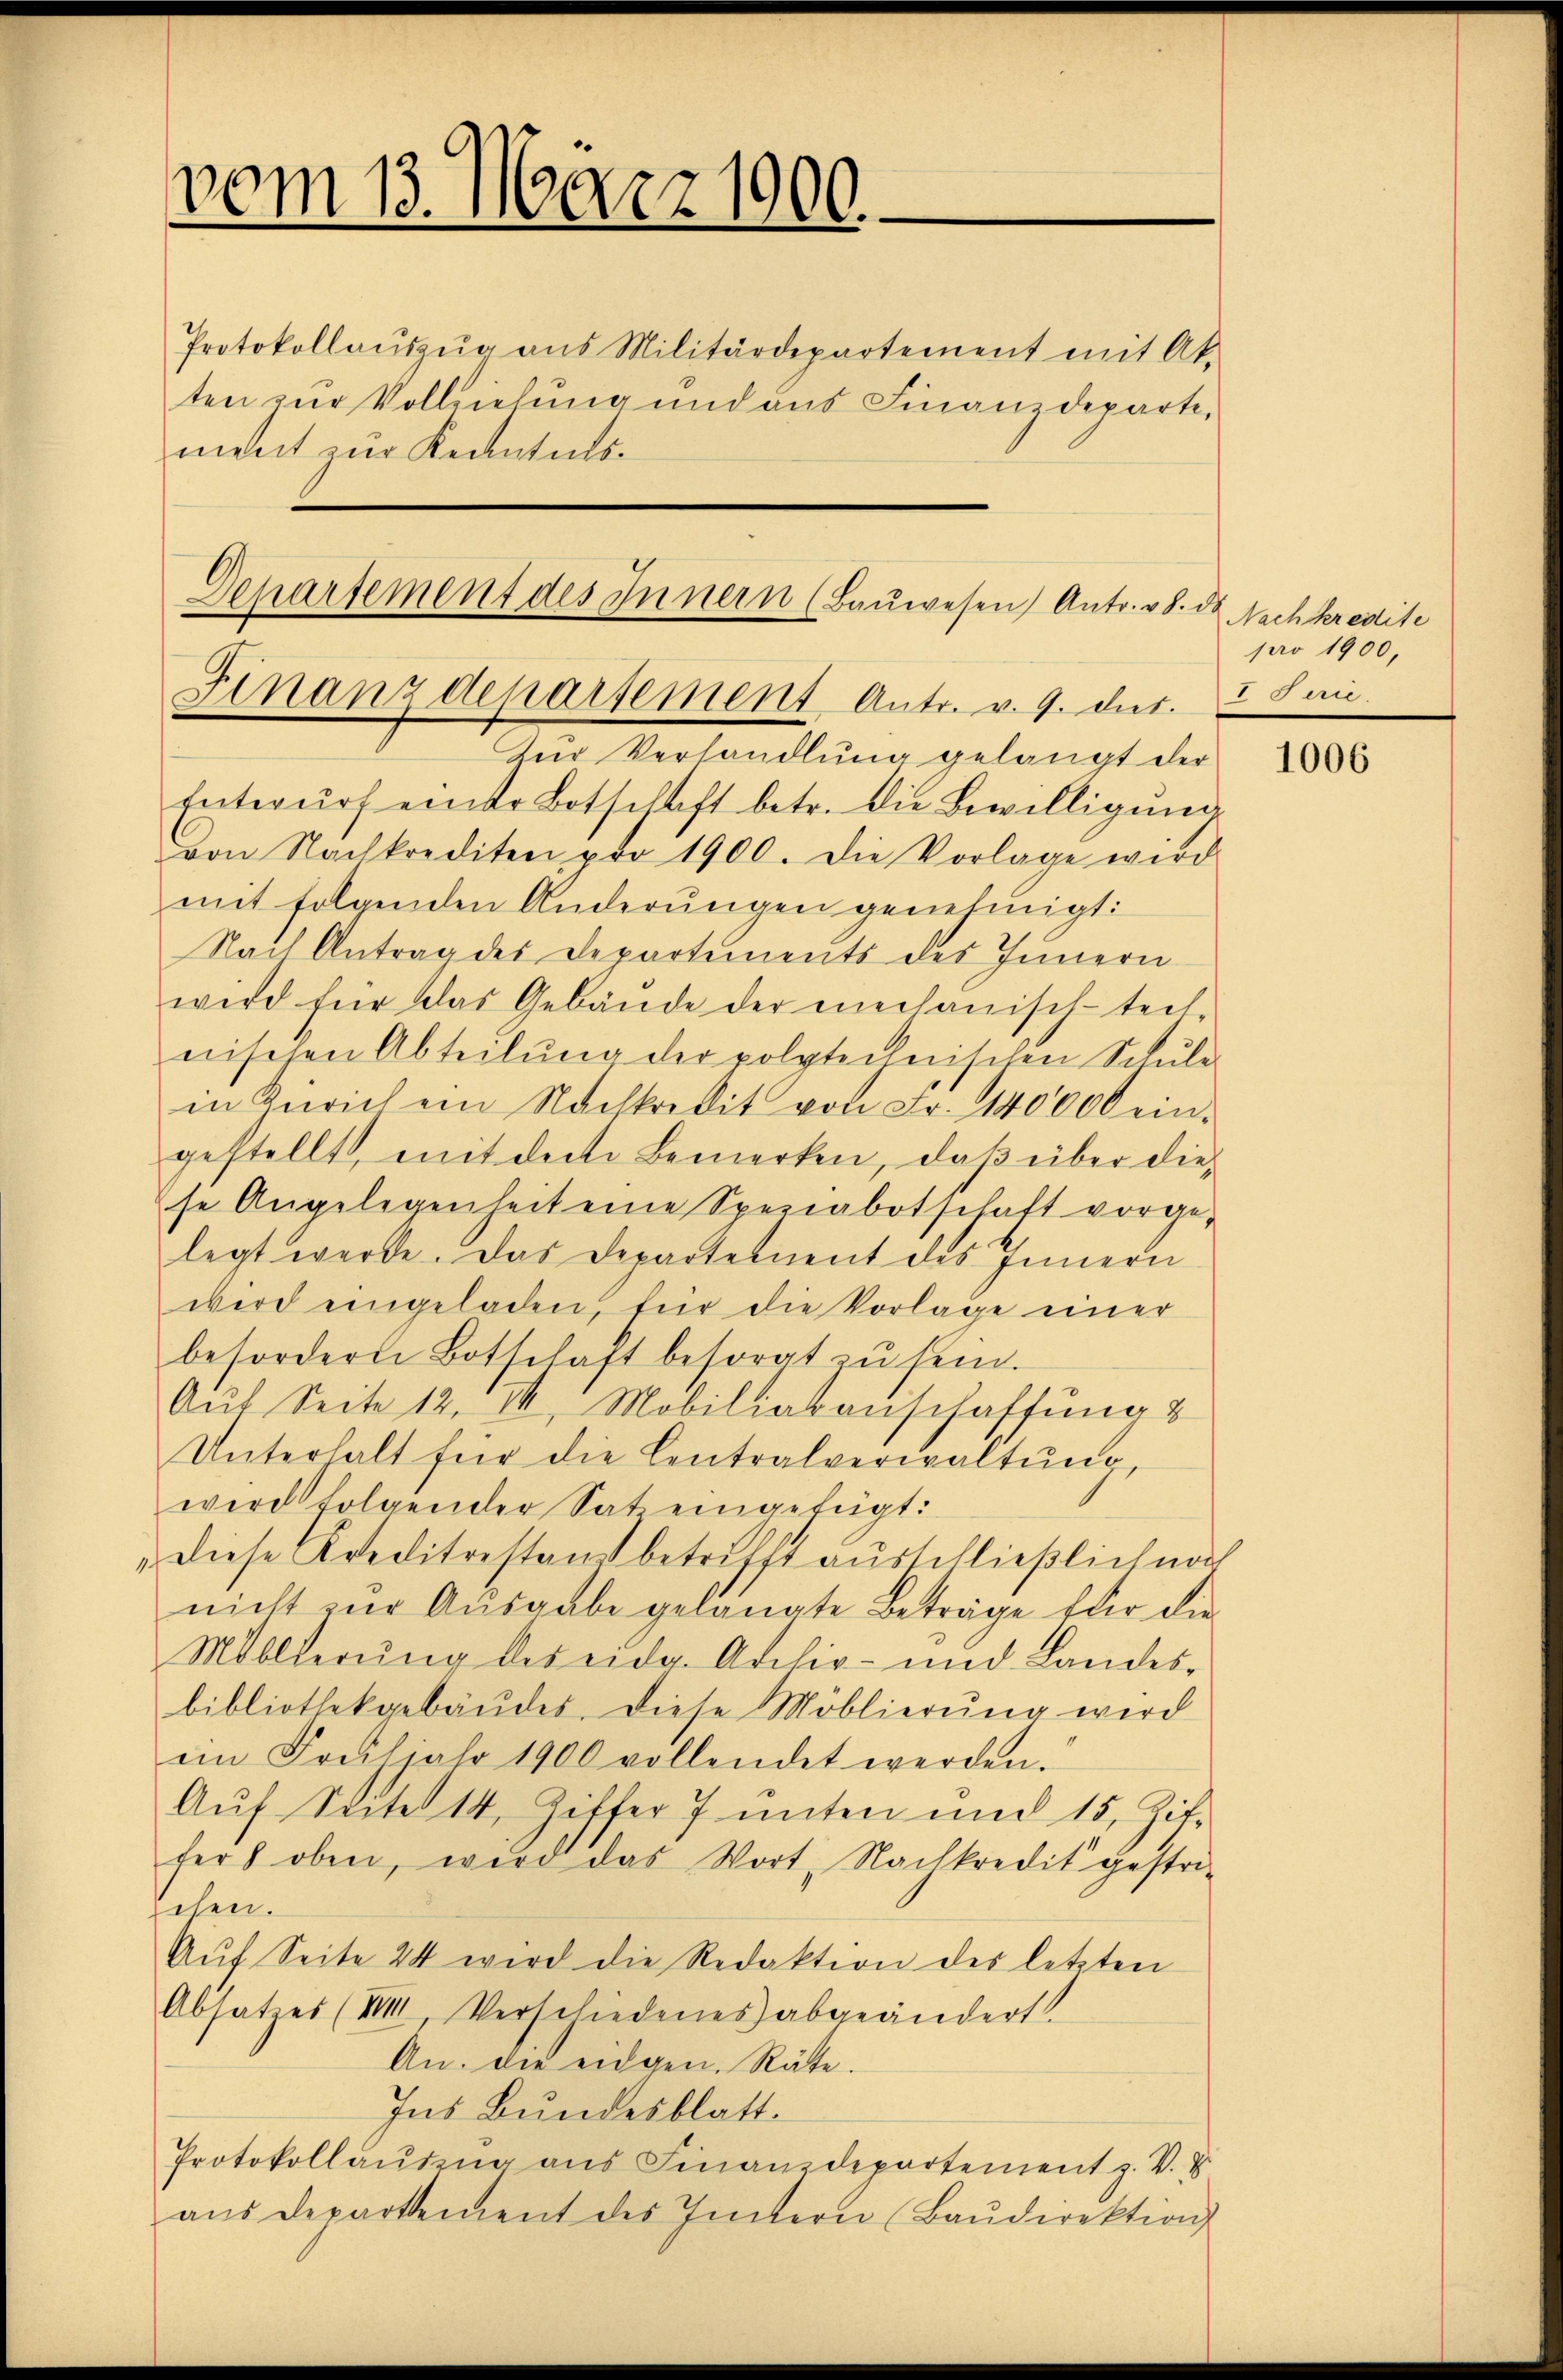
vom 13. März 1900.

ten zur Vollziehung und aus Finanzdeparti,
ment zur Kenntnis¬

von Nachkrediten pro 1900. Die Vorlage wird
mit folgenden Änderungen genehmigt:
Nach Antrag des Departements des Innern
wird für das Gebäŭde der mechanisch-tech
nischen Abteilŭng der polytechnischen Schule
in Zürich ein Nachkredit von Fr. 140000 ein-
gestellt, mit dere Bemerken, daß über diese Angelegenheit eine Speziabotschaft vorge-
legt werde. Das Departernent des Innern
wird eingeladen, für die Vorlage einer
befordern Botschaft besorgt zŭ sein.
Aŭf Seite 12. II, Mobiliatanschaffung &
Unterhalt für die Centralverwaltŭng,
wird folgender Sat eingefügt:
Diese Kreditgestand betrifft ausschließlich noch
nicht zur Ausgabe gelangte Beträge für die
Moblierung des eidg. Archiv- und Landes-
bibliothekgebäŭdes. Diese Möblierŭng wird
ein Frühjahr 1900 vollendet werden.
Auf Seite 14 Ziffer 7 unten und 15, Zit.
ter oben, wird das Wort, Nachkredit gestri-
sehen.
Aŭf Seite 24 wird die Redaktion des letzten
Absatzes (VIII, Verschiedenes abgeändert
An. die eidgen. Räte.
Ins Bundesblatt.
Protokollaŭseng ans Finanzdepartement z. V. u.
aŭs departement des Intern (Baŭdirektion

Departement des Innern (Baŭwesen Antr. v.
Finanzdepartement Antr. v. 9. dir. I S.
Zur Verhandlung gelangt der
Entwŭrf einer Botschaft betr. die Bewilligŭng

Protokollaŭszŭg ans Militärdepartement mit Ak-

d
Nachkredite
pro 1900,

1006